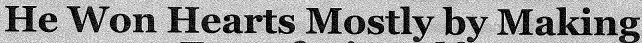
He Won Hearts Mostly by Making